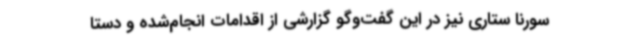
سورنا ستاری نیز در این گفت‌وگو گزارشی از اقدامات انجام‌شده و دستا